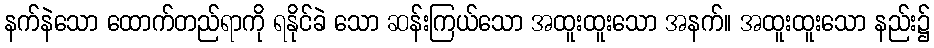
နက်နဲသော ထောက်တည်ရာကို ရနိုင်ခဲ သော ဆန်းကြယ်သော အထူးထူးသော အနက်။ အထူးထူးသော နည်း၌